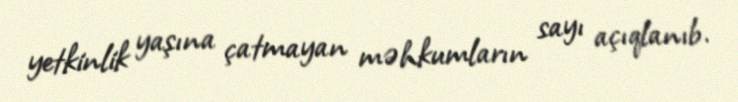
yetkinlik yaşına çatmayan məhkumların sayı açıqlanıb.